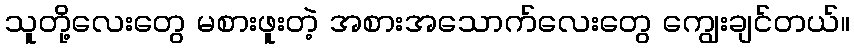
သူတို့လေးတွေ မစားဖူးတဲ့ အစားအသောက်လေးတွေ ကျွေးချင်တယ်။